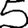
Digit: 5